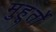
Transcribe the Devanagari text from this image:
मुहूर्तो